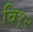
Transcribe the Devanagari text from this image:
वि१२